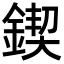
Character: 鍥